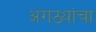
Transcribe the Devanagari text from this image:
अंगठ्यांचा